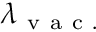
\lambda _ { \mathrm { ~ v ~ a ~ c ~ . ~ } }